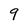
Character: 9